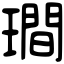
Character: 𤩎